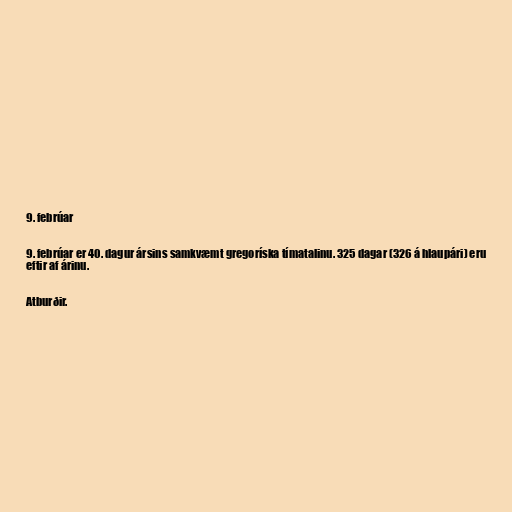
9. febrúar

9. febrúar er 40. dagur ársins samkvæmt gregoríska tímatalinu. 325 dagar (326 á hlaupári) eru
eftir af árinu.

Atburðir.